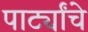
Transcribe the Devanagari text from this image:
पार्ट्यांचे